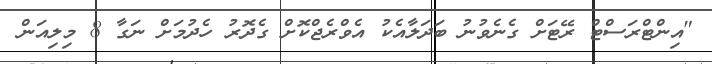
"އިންޓްރަސްޓް ރޭޓަށް ގެނެވުނު ބަދަލާއެކު އެވްރެޖްކޮށް ގެދޮރު ހެދުމަށް ނަގާ 8 މިލިއަން